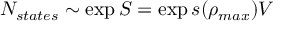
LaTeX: N _ { s t a t e s } \sim \exp { S } = \exp s ( \rho _ { m a x } ) V